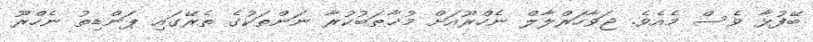
ބޭފުޅާ ވެސް މެއެވެ. ޖަވާހަރްލާލް ނެހްރޫއަށް މުޚާޠަބުކުރާ ނަންތަކުގެ ތެރޭގައި ޕަންޑިތު ނެހްރޫ